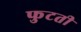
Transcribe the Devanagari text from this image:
फुटती